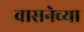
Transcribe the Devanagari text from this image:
वासनेच्या